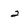
Character: 2